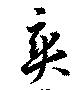
爽